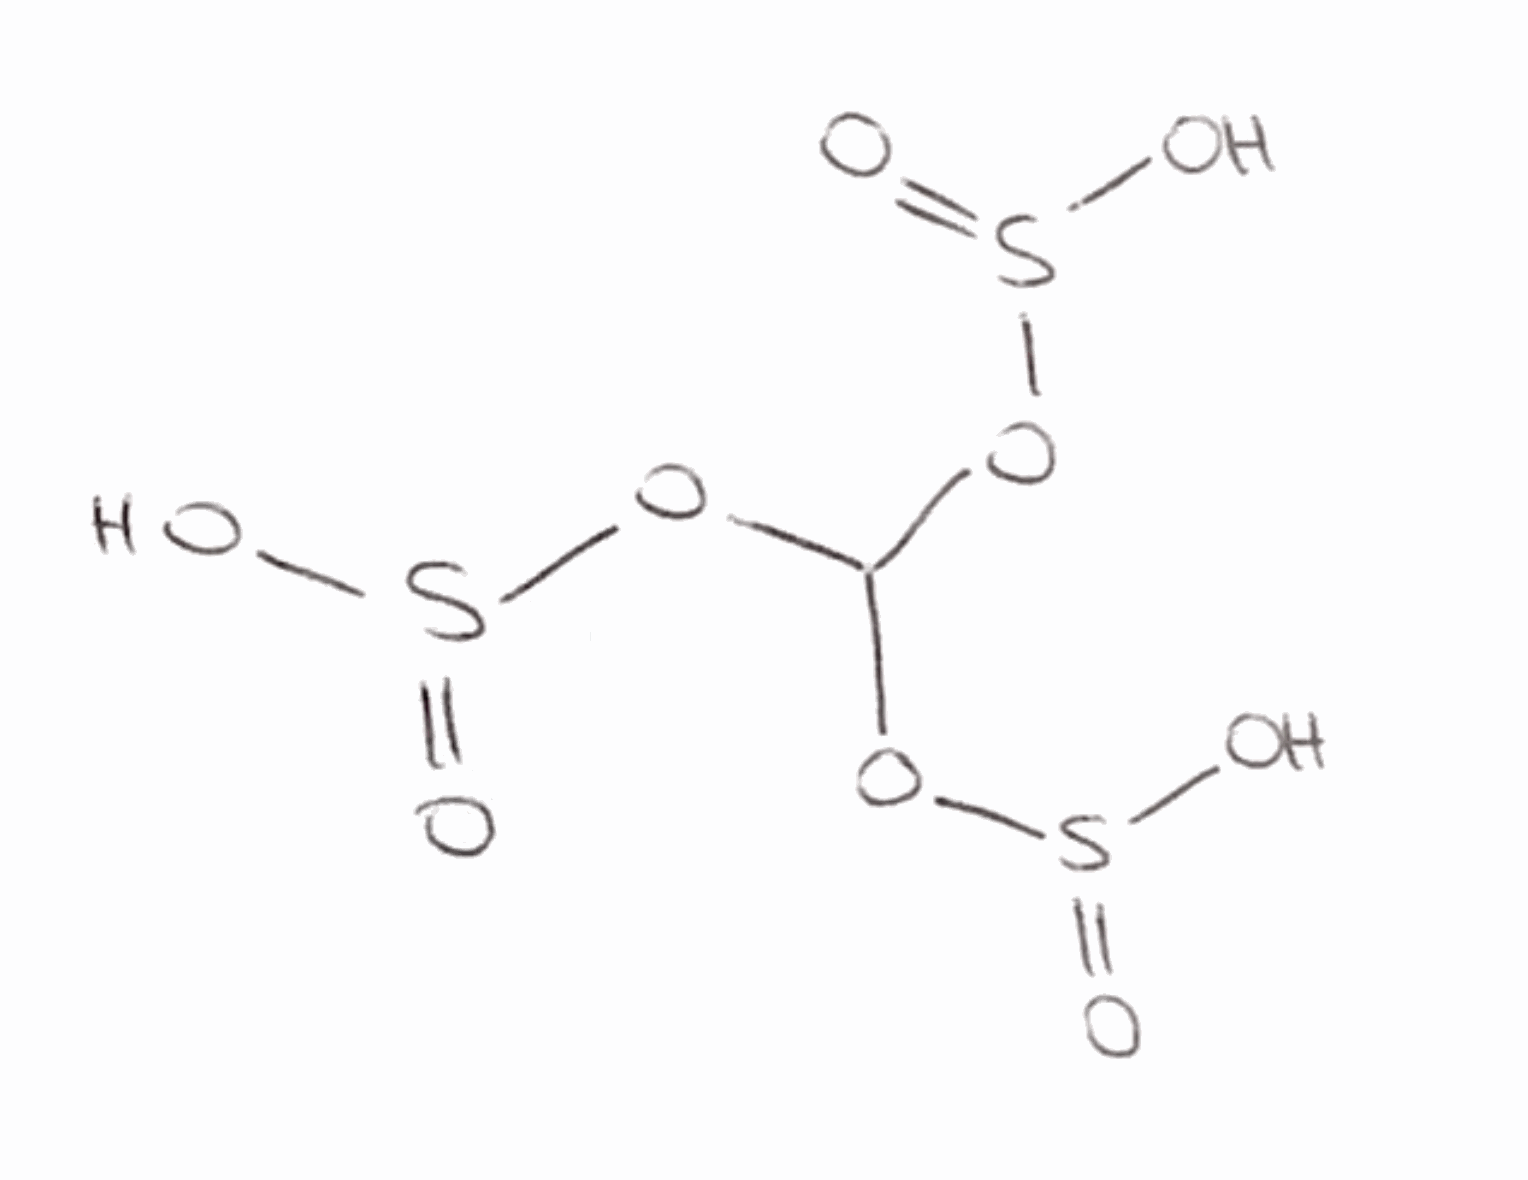
Simplified molecular-input line-entry system (SMILES) notation of the given molecule:
C(OS(=O)O)(OS(=O)O)OS(=O)O